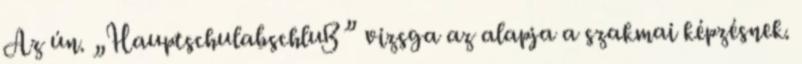
Az ún. „Hauptschulabschluß” vizsga az alapja a szakmai képzésnek.